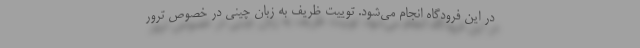
در این فرودگاه انجام می‌شود. توییت ظریف به زبان چینی در خصوص ترور